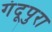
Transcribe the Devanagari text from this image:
गंदूपुरा